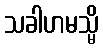
သခါဟမသ္မိ